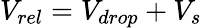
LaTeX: V_{rel}=V_{drop}+V_{s}